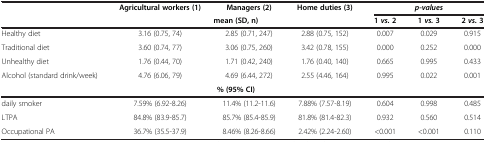
<table><thead><tr><td rowspan="2"><b> </b></td><td><b>Agricultural workers (1)</b></td><td><b>Managers (2)</b></td><td><b>Home duties (3)</b></td><td colspan="3"><b><i>p-values</i></b></td></tr><tr><td colspan="3"><b>mean (SD, n)</b></td><td><b>1 <i>vs. </i>2</b></td><td><b>1 <i>vs. </i>3</b></td><td><b>2 <i>vs. </i>3</b></td></tr></thead><tbody><tr><td>Healthy diet</td><td>3.16 (0.75, 74)</td><td>2.85 (0.71, 247)</td><td>2.88 (0.75, 152)</td><td>0.007</td><td>0.029</td><td>0.915</td></tr><tr><td>Traditional diet</td><td>3.60 (0.74, 77)</td><td>3.06 (0.75, 260)</td><td>3.42 (0.78, 155)</td><td>0.000</td><td>0.252</td><td>0.000</td></tr><tr><td>Unhealthy diet</td><td>1.76 (0.44, 70)</td><td>1.71 (0.42, 240)</td><td>1.76 (0.40, 140)</td><td>0.665</td><td>0.995</td><td>0.433</td></tr><tr><td>Alcohol (standard drink/week)</td><td>4.76 (6.06, 79)</td><td>4.69 (6.44, 272)</td><td>2.55 (4.46, 164)</td><td>0.995</td><td>0.022</td><td>0.001</td></tr><tr><td> </td><td colspan="3"><b>% (95% CI)</b></td><td> </td><td> </td><td> </td></tr><tr><td>daily smoker</td><td>7.59% (6.92-8.26)</td><td>11.4% (11.2-11.6)</td><td>7.88% (7.57-8.19)</td><td>0.604</td><td>0.998</td><td>0.485</td></tr><tr><td>LTPA</td><td>84.8% (83.9-85.7)</td><td>85.7% (85.4-85.9)</td><td>81.8% (81.4-82.3)</td><td>0.932</td><td>0.560</td><td>0.514</td></tr><tr><td>Occupational PA</td><td>36.7% (35.5-37.9)</td><td>8.46% (8.26-8.66)</td><td>2.42% (2.24-2.60)</td><td>&lt;0.001</td><td>&lt;0.001</td><td>0.110</td></tr></tbody></table>